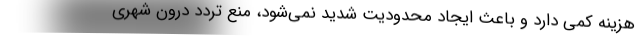
هزینه کمی دارد و باعث ایجاد محدودیت شدید نمی‌شود، منع تردد درون شهری